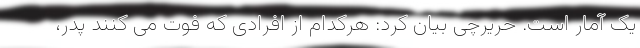
یک آمار است. حریرچی بیان کرد: هرکدام از افرادی که فوت می کنند پدر،